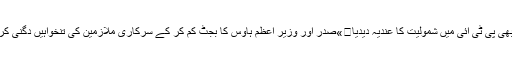
اصل خبر آگئی	»قمر الزمان قائرہ نے بھی پی ٹی آئی میں شمولیت کا عندیہ دیدیا	»صدر اور وزیر اعظم ہاؤس کا بجٹ کم کر کے سرکاری ملازمین کی تنخواہیں دگنی کر دی گئیں	»بھارت کاپاکستان پر حملہ۔